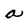
Character: a